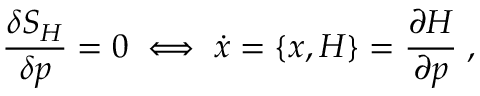
\frac { \delta S _ { H } } { \delta p } = 0 \; \Longleftrightarrow \; \dot { x } = \{ x , H \} = \frac { \partial H } { \partial p } \; ,